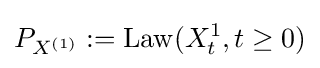
P_{X^{(1)}}:=\operatorname {Law} (X_{t}^{1},t\geq 0)